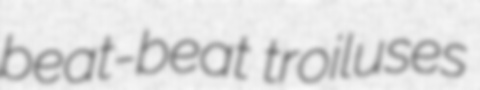
beat-beat troiluses